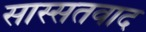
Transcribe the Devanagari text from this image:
सास्सतवाद